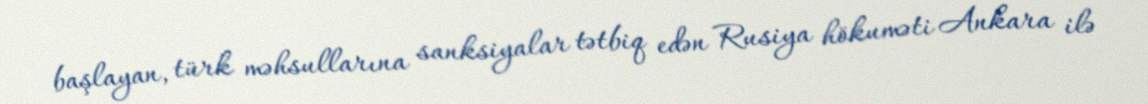
başlayan, türk məhsullarına sanksiyalar tətbiq edən Rusiya hökuməti Ankara ilə